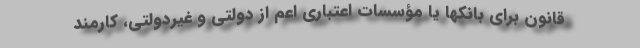
قانون برای بانکها یا مؤسسات اعتباری اعم از دولتی و غیردولتی، کارمند